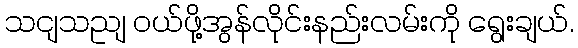
သငျသညျ ဝယ်ဖို့အွန်လိုင်းနည်းလမ်းကို ရွေးချယ်.